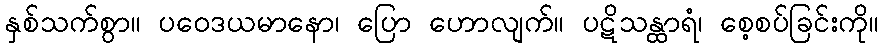
နှစ်သက်စွာ။ ပဝေဒယမာနော၊ ပြော ဟောလျက်။ ပဋိသန္ထာရံ၊ စေ့စပ်ခြင်းကို။